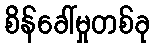
စိန်ခေါ်မှုတစ်ခု